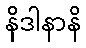
နိဒါနာနိ